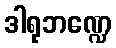
ဒါရုဘဏ္ဍေ